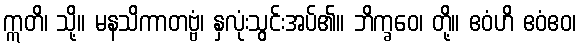
ဣတိ၊ သို့။ မနသိကာတဗ္ဗံ၊ နှလုံးသွင်းအပ်၏။ ဘိက္ခဝေ၊ တို့။ ဧဝံဟိ ဧဝံဧဝ၊